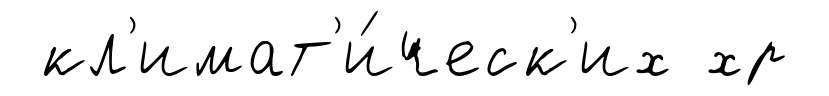
кл'имат'и́ческ'их хр